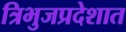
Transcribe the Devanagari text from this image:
त्रिभुजप्रदेशात